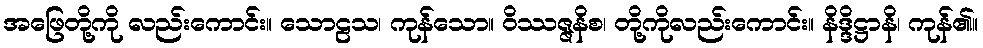
အဖြေတို့ကို လည်းကောင်း။ သောဠသ၊ ကုန်သော။ ဝိဿဇ္ဇနိစ၊ တို့ကိုလည်းကောင်း။ နိဒ္ဒိဋ္ဌာနိ၊ ကုန်၏။